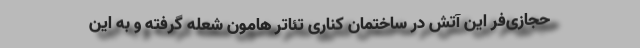
حجازی‌فر این آتش در ساختمان کناری تئاتر هامون شعله گرفته و به این